Medical and sanitary report of the native army of Madras for the year
Year: 1872
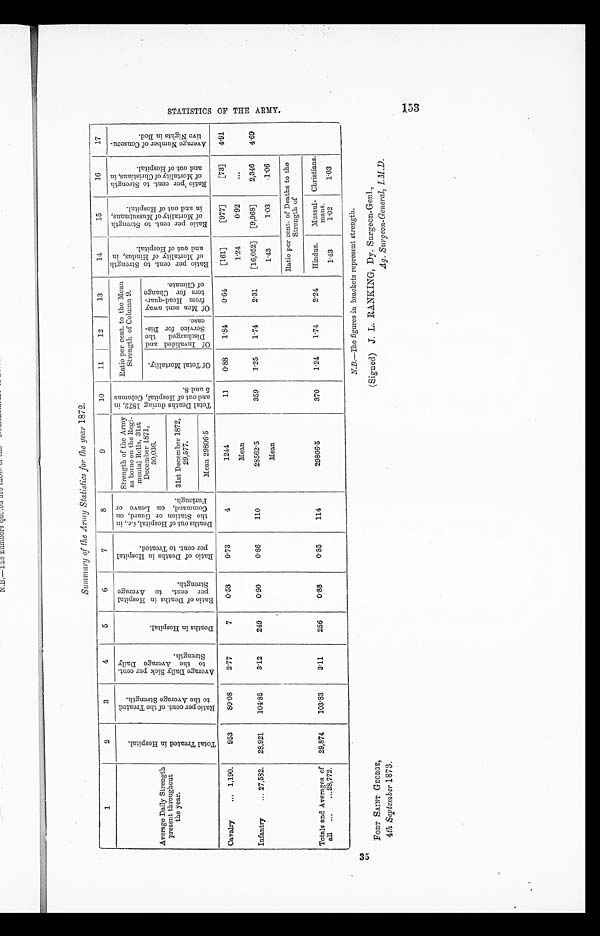
3 5
FORT SAINT GEORGE,
4 th September 1873.
Summary of the Army Statistics for the year 1872.
1
2
3
4
5
6
7
8
9
10
11
12
13
14
15
16
17
Average Daily Strength
present throughout
the year.
T o t a l T r e a t e d i n H o s p i t a l .
R a t i o p e r c e n t . o f t h e T r e a t e d
t o t h e A v e r a g e S t r e n g t h .
A v e r a g e D a i l y s i c k p e r c e n t .
t o t h e A v e r a g e D a i l y
S t r e n g t h .
D e a t h s i s H o s p i t a l .
R a t i o o f D e a t h s i n H o s p i t a l
p e r c e n t . t o A v e r a g e
S t r e n g t h .
R a t i o o f D e a t h s i n H o s p i t a l
p e r c e n t . t o T r e a t e d .
De a t h s o u t o f Ho s p i t a l , i . e . , i n
t he St at i on or Guar d, on
Command, on Leave or
Furlough.
Strength of the Army
as borne on the Regi-
mental Rolls, 31st
December 1871,
30,036.
T o t a l D e a t h s d u r i n g 1 8 7 2 , i n
a n d o u t o f H o s p i t a l , C o l u m n s
5 and 8.
Ratio per cent. to the Mean
Strength of Column 9.
R a t i o p e r c e n t . t o S t r e n g t h
o f M o r t a l i t y o f H i n d u s , i na
n d o u t o f H o s p i t a l .
R a t i o p e r c e n t . t o S t r e n g t h
o f M o r t a l i t y o f M u s s u l m a n s ,
i n a n d o u t o f H o s p i t a l .
R a t i o p e r c e n t . t o S t r e n g t h
o f M o r t a l i t y o f C h r i s t i a n s , i na
n d o u t o f H o s p i t a l .
A v e r a g e N u m b e r o f C o n s e c u -
t i v e N i g h t s i n B e d .
O f T o t a l M o r t a l i t y .
Of Invalided and
Discharged the
Service for Dis-
case.
Of Men sent away
from Head-quar-
ters for Change
of Climate.
31st December 1872,
29,577.
Mean 29806.5
Cavalry
... 1,190.
953
80.08
2.77
7
0.58
0.73
4
1244
11
0.88
1.84
0.64
[161]
[977]
[73]
4.91
Mean
1.24
0.92
. . .
Infantry
... 27,582.
28,921
104.85
3.12
249
0.90
0.86
110
28562.5
359
1.25
1.74
2.31
[16,052]
[9,968]
2,346
4.69
Mean
1.43
1.03
1.06
Ratio per cent. of Deaths to the
Strength of
Totals and Averages of
all ...
...28,772.
29,874
103.83
3.11
256
0.88
0.85
114
29806.5
370
1.24
1.74
2.24
Hindus.
Mussul-
mans.
Christians.
1.43
1.02
1.03
N.B.—The figures in brackets represent strength.
(Signed) J. L. RANKING, Dy. Surgeon-Genl.,
Ag, Surgeon-General, IMD.
S T A T I S T I C S O F T H E A R M Y . 1 5 3